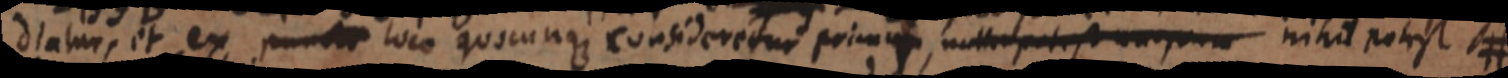
diaturs, et ex punct loco quicunque consideretur primum, null potest _ nihil potest #